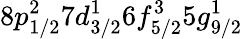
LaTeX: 8p_{1/2}^{2}7d_{3/2}^{1}6f_{5/2}^{3}5g_{9/2}^{1}